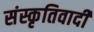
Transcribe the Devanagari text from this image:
संस्कृतिवादी